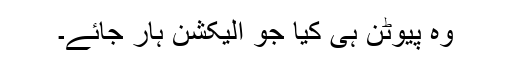
وہ پیوٹن ہی کیا جو الیکشن ہار جائے۔